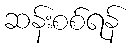
ဆန်းစစ်ရန်